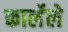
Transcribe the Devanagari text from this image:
कार्लेले